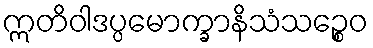
ဣတိဝါဒပ္ပမောက္ခာနိသံသဉ္စေဝ